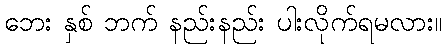
ဘေး နှစ် ဘက် နည်းနည်း ပါးလိုက်ရမလား။